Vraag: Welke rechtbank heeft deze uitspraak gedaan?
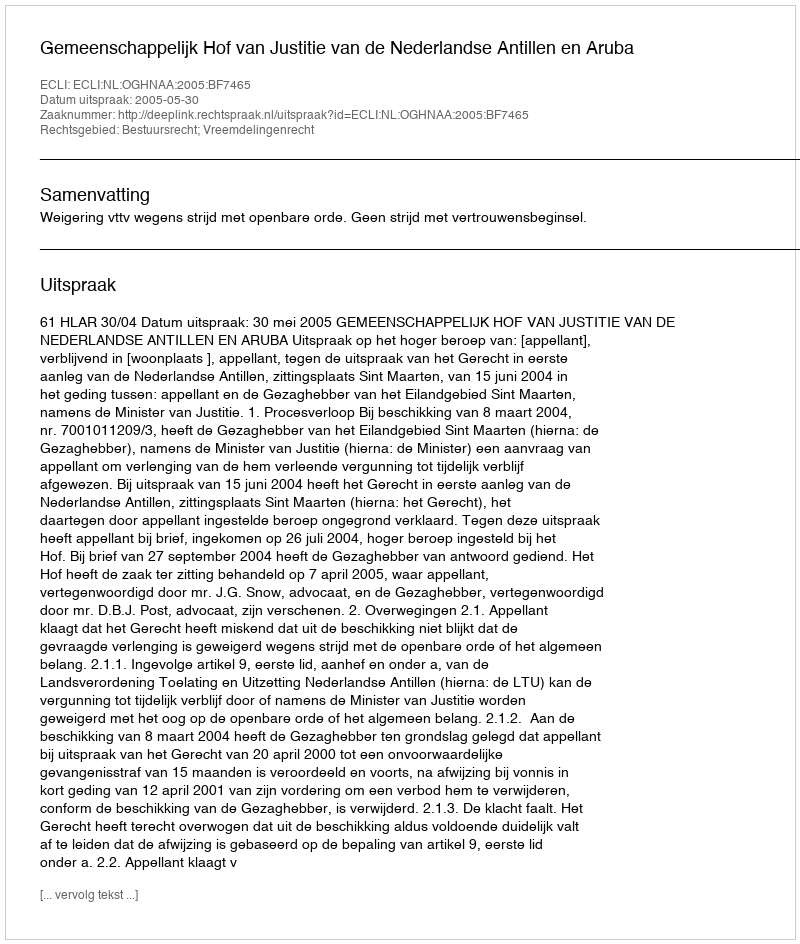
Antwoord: Gemeenschappelijk Hof van Justitie van de Nederlandse Antillen en Aruba